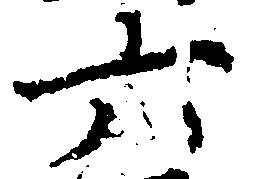
六